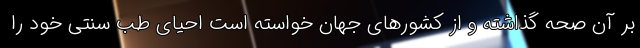
بر آن صحه گذاشته و از کشورهای جهان خواسته است احیای طب سنتی خود را